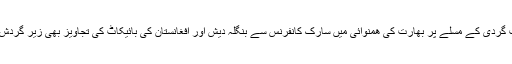
دھشت گردی کے مسلے پر بھارت کی ھمنوائی میں سارک کانفرنس سے بنگلہ دیش اور افغانستان کی بائیکاٹ کی تجاویز بھی زیر گردش ھیں ۔